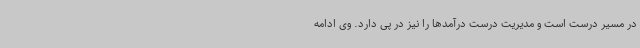
در مسیر درست است و مدیریت درست درآمدها را نیز در پی دارد. وی ادامه